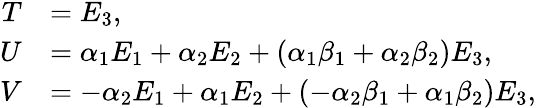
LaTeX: \begin{array}{rl}{T}&{=E_{3},}\\ {U}&{=\alpha_{1}E_{1}+\alpha_{2}E_{2}+(\alpha_{1}\beta_{1}+\alpha_{2}\beta_{2})E_{3},}\\ {V}&{=-\alpha_{2}E_{1}+\alpha_{1}E_{2}+(-\alpha_{2}\beta_{1}+\alpha_{1}\beta_{2})E_{3},}\end{array}